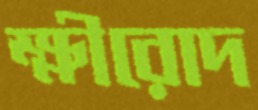
ক্ষীরোদ